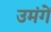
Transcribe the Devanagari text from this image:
उमंगें